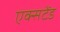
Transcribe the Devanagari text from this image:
एक्सटेंड